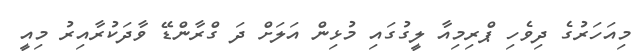
މިއަހަރުގެ ދިވެހި ޕްރިމިއާ ލީގުގައި މުޅިން އަލަށް ދަ ގްރާންޑޭ ވާދަކުރާއިރު މިއީ